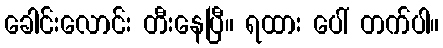
ခေါင်းလောင်း တီးနေပြီ။ ရထား ပေါ် တက်ပါ။